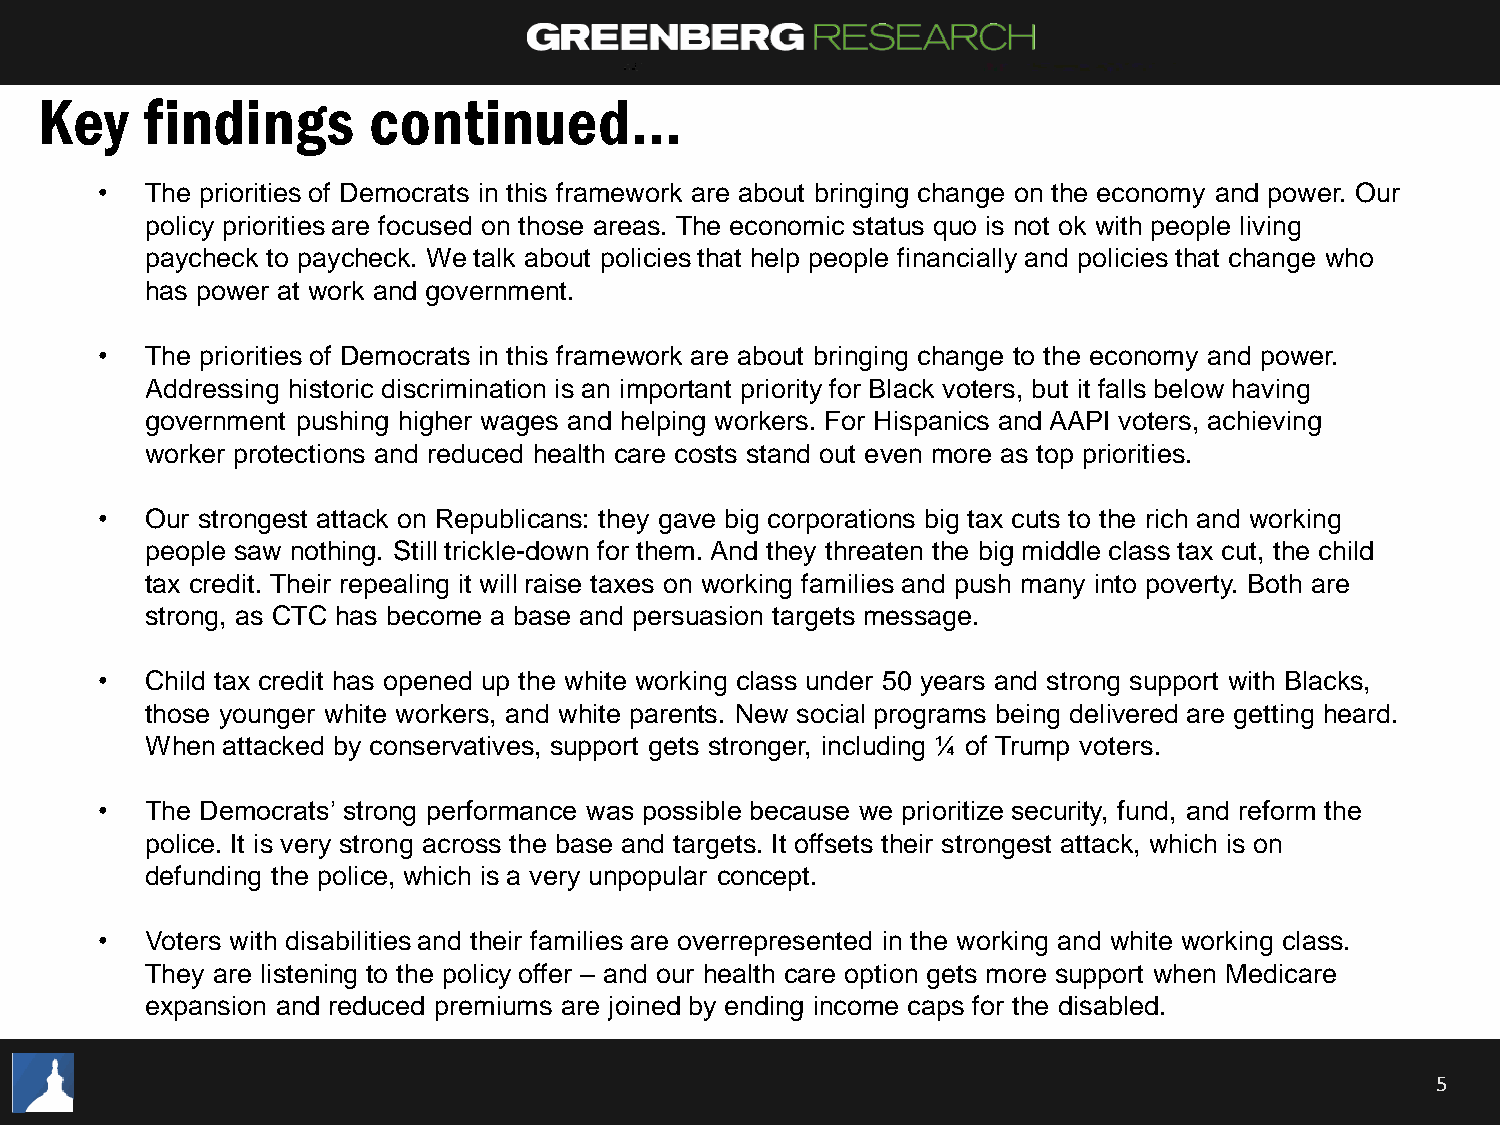
Key   findings       continued…
 •   The priorities of Democrats in this framework are about bringing change on the economy and power. Our
 policy priorities are focused on those areas. The economic status quo is not ok with people living
 paycheck to paycheck. We talk about policies that help people financially and policies that change who
 has power at work and government.
 •   The priorities of Democrats in this framework are about bringing change to the economy and power.
 Addressing historic discrimination is an important priority for Black voters, but it falls below having
 government pushing higher wages and helping workers. For Hispanics and AAPI voters, achieving
 worker protections and reduced health care costs stand out even more as top priorities.
 •   Our strongest attack on Republicans: they gave big corporations big tax cuts to the rich and working
 people saw nothing. Still trickle-down for them. And they threaten the big middle class tax cut, the child
 tax credit. Their repealing it will raise taxes on working families and push many into poverty. Both are
 strong, as CTC has become a base and persuasion targets message.
 •   Child tax credit has opened up the white working class under 50 years and strong support with Blacks,
 those younger white workers, and white parents. New social programs being delivered are getting heard.
 When attacked by conservatives, support gets stronger, including ¼ of Trump voters.
 •   The Democrats’ strong performance was possible because we prioritize security, fund, and reform the
 police. It is very strong across the base and targets. It offsets their strongest attack, which is on
 defunding the police, which is a very unpopular concept.
 •   Voters with disabilities and their families are overrepresented in the working and white working class.
 They are listening to the policy offer – and our health care option gets more support when Medicare
 expansion and reduced premiums are joined by ending income caps for the disabled.
 5